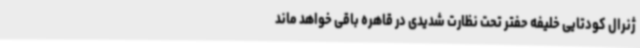
ژنرال کودتایی خلیفه حفتر تحت نظارت شدیدی در قاهره باقی خواهد ماند